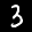
Label: 3